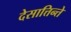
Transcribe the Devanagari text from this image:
देसात्तिन्ते